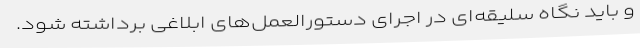
و باید نگاه سلیقه‌ای در اجرای دستورالعمل‌های ابلاغی برداشته شود.